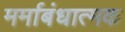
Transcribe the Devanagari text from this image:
मर्माबंधात्मक